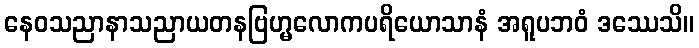
နေဝသညာနာသညာယတနဗြဟ္မလောကပရိယောသာနံ အရူပဘဝံ ဒဿေသိ။